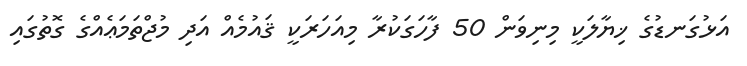
އަޅުގަނޑުގެ ޚިޔާލަކީ މިނިވަން 50 ފާހަގަކުރާ މިއަހަރަކީ ޤައުމެއް އަދި މުޖްތަމަޢެއްގެ ގޮތުގައި